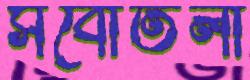
সর্বোতলী